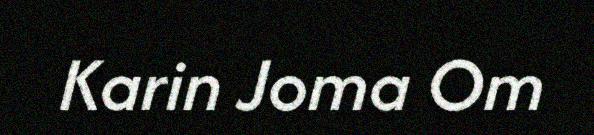
Karin Joma Om